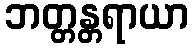
ဘတ္တန္တရာယာ